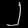
Digit: ၂